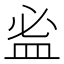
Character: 𥁑